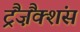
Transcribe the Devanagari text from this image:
ट्रैंज़ैंक्शंस